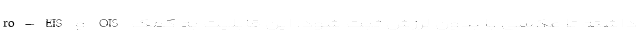
ro-EIS و OIS داشته تا عکسی با بدون لرزش ثبت شود. این قابلیت به کمک